Annual administration report of the Civil Veterinary Department of India - 1898-1899
Year: 1898
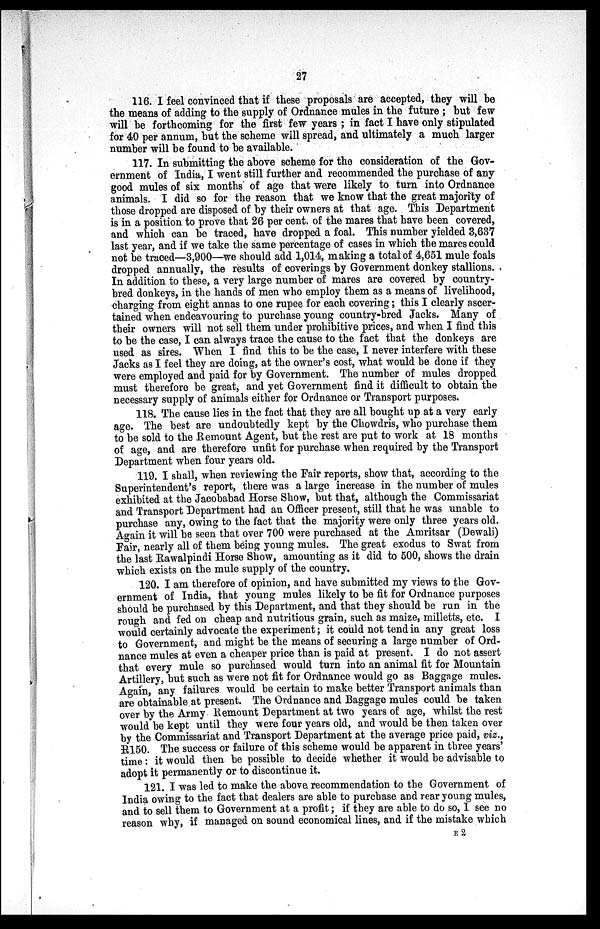
27
116. I feel convinced that if these proposals are accepted, they will be
the means of adding to the supply of Ordnance mules in the future; but few
will be forthcoming for the first few years; in fact I have only stipulated
for 40 per annum, but the scheme will spread, and ultimately a much larger
number will be found to be available.
117. In submitting the above scheme for the consideration of the Gov-
ernment of India, I went still further and recommended the purchase of any
good mules of six months of age that were likely to turn into Ordnance
animals. I did so for the reason that we know that the great majority of
those dropped are disposed of by their owners at that age. This Department
is in a position to prove that 26 per cent. of the mares that have been covered,
and which can be traced, have dropped a foal. This number yielded 3,637
last year, and if we take the same percentage of cases in which the mares could
not be traced—3,900—we should add 1,014, making a total of 4,651 mule foals
dropped annually, the results of coverings by Government donkey stallions.
In addition to these, a very large number of mares are covered by country-
bred donkeys, in the hands of men who employ them as a means of livelihood,
charging from eight annas to one rupee for each covering; this I clearly ascer-
tained when endeavouring to purchase young country-bred Jacks. Many of
their owners will not sell them under prohibitive prices, and when I find this
to be the case, I can always trace the cause to the fact that the donkeys are
used as sires. When I find this to be the case, I never interfere with these
Jacks as I feel they are doing, at the owner's cost, what would be done if they
were employed and paid for by Government. The number of mules dropped
must therefore be great, and yet Government find it difficult to obtain the
necessary supply of animals either for Ordnance or Transport purposes.
118. The cause lies in the fact that they are all bought up at a very early
age. The best are undoubtedly kept by the Chowdris, who purchase them
to be sold to the Remount Agent, but the rest are put to work at 18 months
of age, and are therefore unfit for purchase when required by the Transport
Department when four years old.
119. I shall, when reviewing the Fair reports, show that, according to the
Superintendent's report, there was a large increase in the number of mules
exhibited at the Jacobabad Horse Show, but that, although the Commissariat
and Transport Department had an Officer present, still that he was unable to
purchase any, owing to the fact that the majority were only three years old.
Again it will be seen that over 700 were purchased at the Amritsar (Dewali)
Fair, nearly all of them being young mules. The great exodus to Swat from
the last Rawalpindi Horse Show, amounting as it did to 500, shows the drain
which exists on the mule supply of the country.
120. I am therefore of opinion, and have submitted my views to the Gov-
ernment of India, that young mules likely to be fit for Ordnance purposes
should be purchased by this Department, and that they should be run in the
rough and fed on cheap and nutritious grain, such as maize, milletts, etc. I
would certainly advocate the experiment; it could not tend in any great loss
to Government, and might be the means of securing a large number of Ord-
nance mules at even a cheaper price than is paid at present. I do not assert
that every mule so purchased would turn into an animal fit for Mountain
Artillery, but such as were not fit for Ordnance would go as Baggage mules.
Again, any failures would be certain to make better Transport animals than
are obtainable at present. The Ordnance and Baggage mules could be taken
over by the Army Remount Department at two years of age, whilst the rest
would be kept until they were four years old, and would be then taken over
by the Commissariat and Transport Department at the average price paid, viz.,
R150. The success or failure of this scheme would be apparent in three years'
time: it would then be possible to decide whether it would be advisable to
adopt it permanently or to discontinue it.
121. I was led to make the above recommendation to the Government of
India owing to the fact that dealers are able to purchase and rear young mules,
and to sell them to Government at a profit; if they are able to do so, I see no
reason why, if managed on sound economical lines, and if the mistake which
E 2